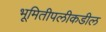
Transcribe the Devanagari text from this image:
भूमितीपलीकडील